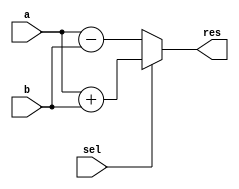
module opt_share_test(
  input [15:0]  a,
  input [15:0]  b,
  input         sel,
  output [15:0] res,
  );

  assign res = {sel ? a + b : a - b};

endmodule